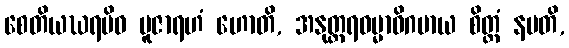
စေတိယဃရမိဝ ပူဇာရဟံ ဟောတိ, အနုတ္တရဓမ္မာဓိဂမာယ စိတ္တံ နမတိ,